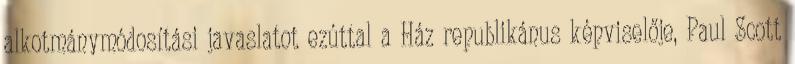
alkotmánymódosítási javaslatot ezúttal a Ház republikánus képviselője, Paul Scott